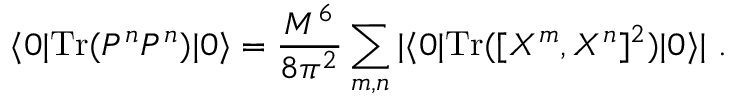
\langle 0 | \mathrm { T r } ( P ^ { n } P ^ { n } ) | 0 \rangle = \frac { M ^ { 6 } } { 8 \pi ^ { 2 } } \sum _ { m , n } | \langle 0 | \mathrm { T r } ( [ X ^ { m } , X ^ { n } ] ^ { 2 } ) | 0 \rangle | \ .